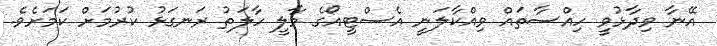
އޭނާ ވިދާޅުވީ ހިއްސާތައް ވިއްކާލަނީ އެސްޓީއޯގެ މާލީ ހާލަތު ރަނގަޅު ކުރުމަށް ކަމަށެވެ.